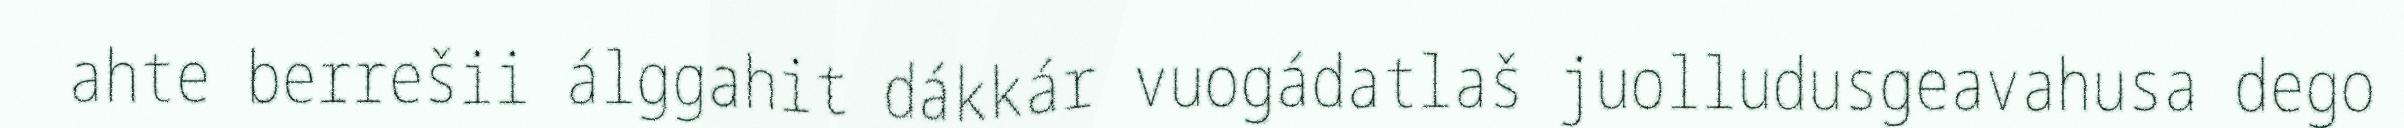
ahte berrešii álggahit dákkár vuogádatlaš juolludusgeavahusa dego